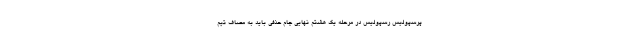
پرسپولیس رسپولیس در مرحله یک هشتم نهایی جام حذفی باید به مصاف تیم